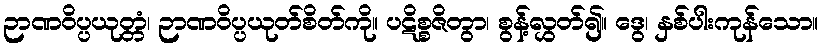
ဉာဏဝိပ္ပယုတ္တံ၊ ဉာဏဝိပ္ပယုတ်စိတ်ကို။ ပဋိစ္စဇိတွာ၊ စွန့်လွှတ်၍။ ဒွေ၊ နှစ်ပါးကုန်သော။